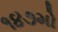
૧૪૭મો